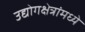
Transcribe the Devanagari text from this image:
उद्योगक्षेत्रांमध्ये